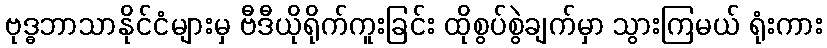
ဗုဒ္ဓဘာသာနိုင်ငံများမှ ဗီဒီယိုရိုက်ကူးခြင်း ထိုစွပ်စွဲချက်မှာ သွားကြမယ် ရုံးကား